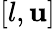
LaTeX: [l,\mathbf{u}]